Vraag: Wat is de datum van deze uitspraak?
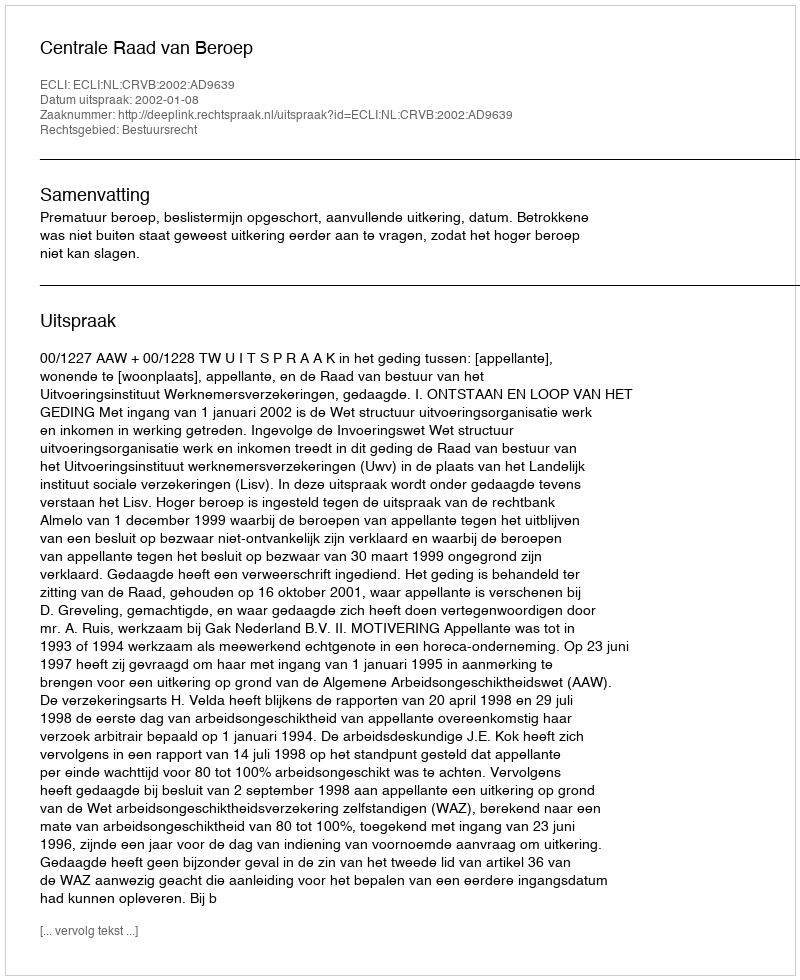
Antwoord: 2002-01-08